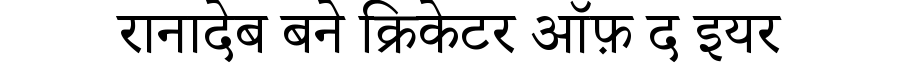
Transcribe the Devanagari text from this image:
रानादेब बने क्रिकेटर ऑफ़ द इयर